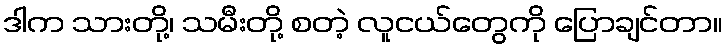
ဒါက သားတို့၊ သမီးတို့ စတဲ့ လူငယ်တွေကို ပြောချင်တာ။